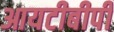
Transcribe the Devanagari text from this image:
आयटीबीपी